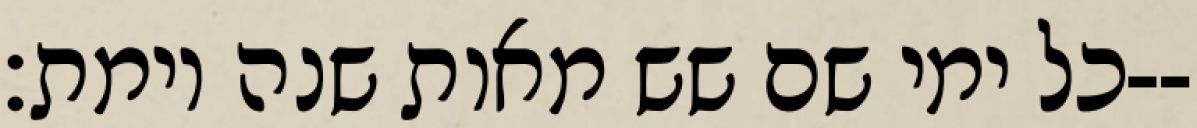
כל ימי שם שש מאות שנה וימת׃--